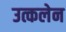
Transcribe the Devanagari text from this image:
उत्कलेन